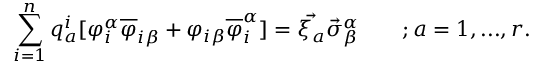
\sum _ { i = 1 } ^ { n } q _ { a } ^ { i } [ \varphi _ { i } ^ { \alpha } \overline { { { \varphi } } } _ { i \beta } + \varphi _ { i \beta } \overline { { { \varphi } } } _ { i } ^ { \alpha } ] = \vec { \xi _ { a } } \vec { \sigma } _ { \beta } ^ { \alpha } \qquad ; a = 1 , . . . , r .